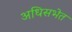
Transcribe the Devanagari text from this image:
अधिसभेत